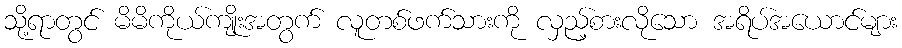
သို့ရာတွင် မိမိကိုယ်ကျိုးအတွက် လူတစ်ဖက်သားကို လှည့်စားလိုသော အရိပ်အယောင်များ